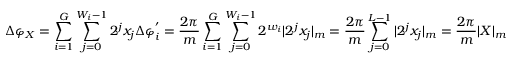
\Delta \varphi _ { X } = \sum _ { i = 1 } ^ { G } \sum _ { j = 0 } ^ { W _ { i } - 1 } 2 ^ { j } x _ { j } \Delta \varphi _ { i } ^ { ' } = \frac { 2 \pi } { m } \sum _ { i = 1 } ^ { G } \sum _ { j = 0 } ^ { W _ { i } - 1 } 2 ^ { w _ { i } } | 2 ^ { j } x _ { j } | _ { m } = \frac { 2 \pi } { m } \sum _ { j = 0 } ^ { L - 1 } | 2 ^ { j } x _ { j } | _ { m } = \frac { 2 \pi } { m } | X | _ { m }